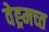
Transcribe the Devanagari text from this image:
वेह्र्मच्त